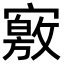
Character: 𡫀